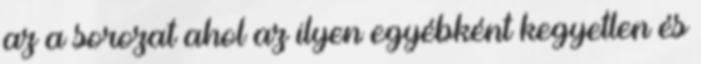
az a sorozat ahol az ilyen egyébként kegyetlen és